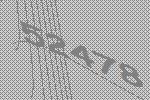
52478